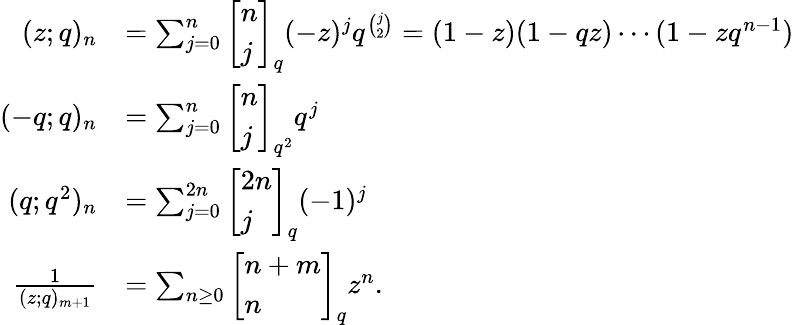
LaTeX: {\begin{array}{rl}{(z;q)_{n}}&{=\sum_{j=0}^{n}{\left[\begin{array}{l}{n}\\ {j}\end{array}\right]}_{q}(-z)^{j}q^{\binom{j}{2}}=(1-z)(1-qz)\cdots(1-zq^{n-1})}\\ {(-q;q)_{n}}&{=\sum_{j=0}^{n}{\left[\begin{array}{l}{n}\\ {j}\end{array}\right]}_{q^{2}}q^{j}}\\ {(q;q^{2})_{n}}&{=\sum_{j=0}^{2n}{\left[\begin{array}{l}{2n}\\ {j}\end{array}\right]}_{q}(-1)^{j}}\\ {{\frac{1}{(z;q)_{m+1}}}}&{=\sum_{n\geq 0}{\left[\begin{array}{l}{n+m}\\ {n}\end{array}\right]}_{q}z^{n}.}\end{array}}